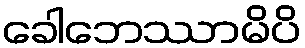
ခေါဘေဿာမိပိ